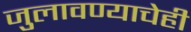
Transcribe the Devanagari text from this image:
जुलावण्याचेही